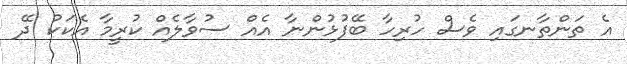
އެ ތަންތާނގައި ވެސް ހުރިހާ ބޭފުޅުންނާ އެއް ސުވާލެއް ކުރީމާ އެކަކު ދޭ